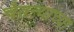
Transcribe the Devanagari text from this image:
चैतन्याच्या